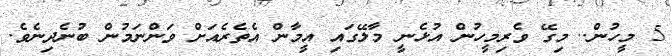
5 މީހުން.. މިގޭ ވެރިމީހުން އުޅެނީ މާލޭގައި އީމާން އެތެރެއަށް ވަންނަމުން ބުނެދިނެވެ.